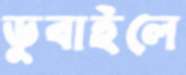
ডুবাইলে